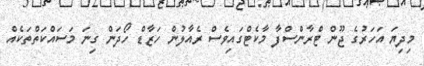
މިދިޔަ އަހަރުގެ ޖޫން ޓްރާންސްފާ މާކެޓްގައިވެސް ރެއާލުން ހަޒާޑް ހޯދަން ގިނަ މަސައްކަތްތަކެއް